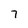
Character: 7